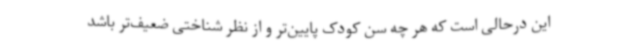
این درحالی است که هر چه سن کودک پایین‌تر و از نظر شناختی ضعیف‌تر باشد